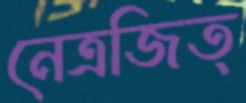
নেত্রজিত্